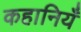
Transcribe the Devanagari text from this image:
कहानियँ